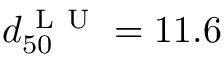
d _ { 5 0 } ^ { \mathrm { ~ L ~ U ~ } } = 1 1 . 6